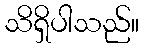
သိရှိပါသည်။